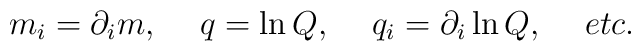
m_i=\partial_i m , \hspace{0.2in} q= \ln Q ,\hspace{0.2in} q_i=\partial_i\ln Q, \hspace{0.2in} etc.